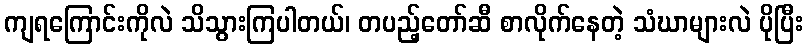
ကျရကြောင်းကိုလဲ သိသွားကြပါတယ်၊ တပည့်တော်ဆီ စာလိုက်နေတဲ့ သံဃာများလဲ ပိုပြီး